Insane asylums in Bengal annual reports 1867-1875 - 1867-1875
Year: 1867
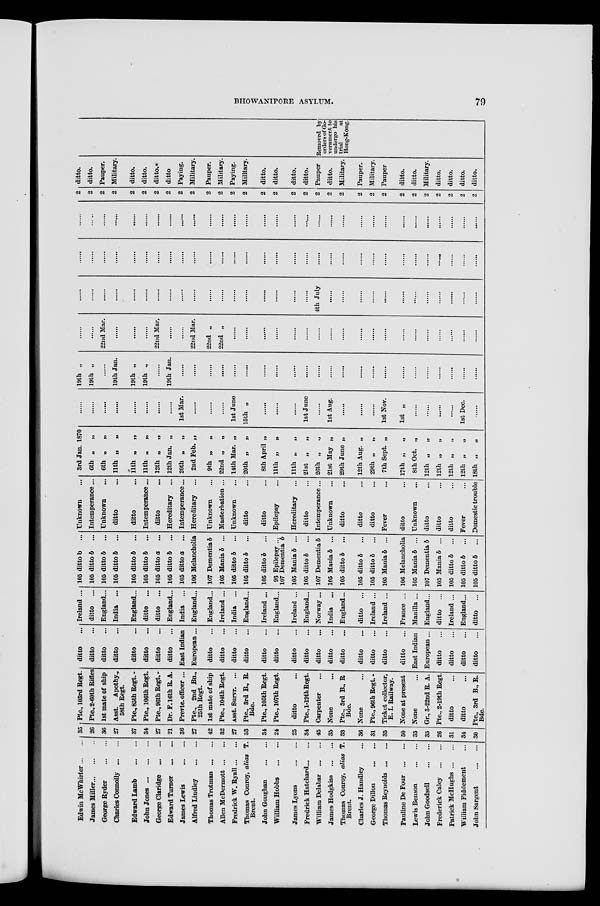
BHOWANIPORE ASYLUM.
79
Edwin McWhirter ... ...
James Miller ... ... ...
George Ryder ... ... ...
Charles Connolly ... ...
Edward Lamb
...
...
John Jones ... ... ...
George Claridge
...
...
Edward Turner
...
...
James Lewis
...
...
Alfred Lindley
...
...
Thomas Trotman ... ...
Allen McDermott ... ...
Fredrick W. Byall ... ...
Thomas Conroy, alias T.
Brent.
John Goughan
...
...
William Hobbs
...
...
James Lyons
...
...
Fredrick Hatchard ... ...
William Delabar ... ...
James Hodgkiss
...
...
Thomas Conroy, alias T.
Brent.
Charles J. Handley ...
George Dillon
...
...
Thomas Beynolds ... ...
Pauline De Four ... ...
Lewis Benson
...
...
John Goodsell
...
...
Frederick Caley
...
...
Patrick McHughs ... ...
William Fiddement ...
John Sargent
...
...
35
26
36
27
37
34
27
21
36
27
42
32
27
33
34
24
25
34
45
35
33
36
31
35
50
35
35
26
31
34
30
Pte., 103rd Regt.
Pte.,2-60thRifles
1st mate of ship
Asst. Apothy.,
58th Regt.
Pte., 85th Regt. -
Pte., 106th Regt.
Pte., 96th Regt.-
Dr.F.16th R.A.
Prevte. officer ...
Pte., 2nd Bn.,
25th Regt.
1st mate of ship
Pte., 104th Regt.
Asst. Survr. ...
Pte., 3rd B., R.
Bde.
Pte., 105th Regt.
Pte., 107th Regt.
ditto ...
Pte.,l-19th Regt.
Carpenter ...
None ...
Pte., 3rd B., R
Bde.
None ...
Pte., 96th Regt. -
Ticket collector,
E. I. Railway.
None at present
None ...
Gr., 3-22nd B. A.
Pte., 2-19th Regt.
ditto ...
ditto ...
Pte., 3rd B., R.
Bde.
ditto ...
ditto ...
ditto ...
ditto ...
ditto ...
ditto ...
ditto ...
ditto ...
East Indian
European...
ditto ...
ditto ...
ditto ...
ditto ...
ditto ...
ditto ...
ditto ...
ditto ...
ditto ...
ditto ...
ditto ...
ditto ...
ditto ...
ditto ...
ditto ...
East Indian
European...
ditto ...
ditto ...
ditto ...
ditto ...
Ireland ...
ditto ...
England...
India ...
England...
ditto ...
ditto ...
England...
India ...
England...
England...
Ireland ...
India ...
England...
Ireland ...
England...
Ireland ...
England...
Norway...
India ...
England...
ditto ...
Ireland ...
Ireland ...
France ...
Manilla ...
England...
ditto ...
Ireland ...
England...
ditto ...
105 ditto b
...
105 ditto b ...
105 ditto b ...
105 ditto b ...
105 ditto b ...
105 ditto b ...
105 ditto a ...
105 ditto b ...
105 ditto a ...
106 Melancholia
107 Dementia b
105 Mania b ...
105 ditto b ...
105 ditto b ...
105 ditto b
...
93 Epilepsy ...
107 Dementia b
105 Mania b ...
105 ditto b ...
107 Dementia b
105 Mania b ...
105 ditto b ...
105 ditto b ...
105 ditto b ...
105 Mania b ...
106 Melancholia
105 Mania b ...
107 Dementia b
105 Mania b ...
105 ditto b ...
105 ditto b ...
105 ditto b ...
Unknown ...
Intemperance...
Unknown
...
ditto ...
ditto ...
Intemperahce...
ditto ...
Hereditary ...
Intemperance...
Hereditary ...
Unknown ...
Masterbation ...
Unknown ...
ditto ...
ditto ...
Epilepsy ...
Hereditary ...
ditto ...
Intemperance...
Unknown ...
ditto ...
ditto ...
ditto ...
Fever ...
ditto ...
Unknown ...
ditto ...
ditto ...
ditto ...
Fever ...
Domestic trouble
3rd Jan.1870
6th „
„
6th „
„
11th „
„
11th „
„
11th „
„
12th „
„
12th Jan. „
20th „
„
2nd Feb. „
9th „
„
22nd „
„
14th Mar. „
20th „
„
8th April „ „
11th „
„
11th „
„
21 st „
„
26th „
„
21st May „
29th June „
12th Aug. „
29th „
„
7th Sept. „
17th „
„
8th Oct. „
12th „
„
12th „
„
12th „
„
12th „
„
18th „ „
>»
......
......
......
......
......
......
......
......
1st Mar.
......
......
......
1st June
15th „
......
......
......
1st June
......
1st Aug.
......
......
......
1st Nov.
1st „
......
......
......
......
1st Dec.
......
19th „
19th „
......
19th Jan.
19th „
19th „
......
19th Jan.
......
......
......
......
......
......
......
......
......
......
......
......
......
......
......
......
......
......
......
......
......
......
......
......
......
22nd Mar.
......
......
......
22nd Mar.
......
......
22nd Mar.
22nd „
22nd „
......
......
......
......
......
......
......
......
......
......
......
......
......
......
......
......
......
......
......
......
......
......
......
......
......
......
......
......
......
......
......
......
......
......
......
......
......
......
4th July
......
......
......
......
......
......
......
......
......
......
......
......
......
......
......
......
......
......
......
......
......
......
......
......
......
......
......
......
......
......
......
......
......
......
......
......
......
......
......
......
......
......
......
......
......
......
......
......
......
......
......
......
......
......
......
......
......
......
......
......
......
......
......
......
......
......
......
......
......
......
......
......
......
......
......
......
2
2
2
2
2
2
2
2
2
2
2
2
2
2
2
2
2
2
2
2
2
2
2
2
2
2
2
2
2
2
2
ditto.
ditto.
Pauper.
Military.
ditto.
ditto.
ditto.
ditto
Paying.
Military.
Pauper.
Military.
Paying.
Military.
ditto.
ditto.
ditto.
ditto.
Pauper
ditto.
Military.
Pauper.
Military.
Pauper
ditto.
ditto.
Military.
ditto.
ditto.
ditto.
ditto.
Removed by
orders of Go-
vernment to
undergo his
trial
at
Hong-Kong.